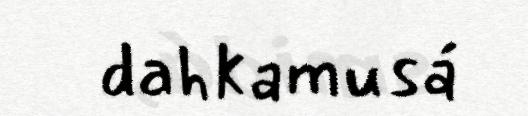
dahkamusá